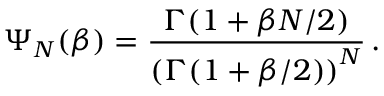
\Psi _ { N } ( \beta ) = { \frac { \Gamma ( 1 + \beta N / 2 ) } { \left( \Gamma ( 1 + \beta / 2 ) \right) ^ { N } } } \, .